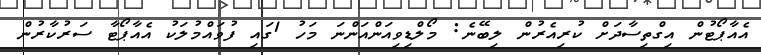
އެއާޕޯޓުން އިގްތިސާދަށް ކުރިއެރުން ލިބޭނެ: މޯލްޑިވިއަންއަންނަ މަހު 1ގައި ފުވައްމުލަކު އެއާޕޯޓާ ސަރުކާރުން